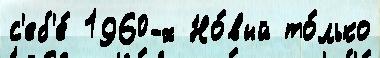
с'еб'е́ 1960-х Но́вый то́лько